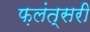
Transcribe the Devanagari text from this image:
फ़लंत्सरी